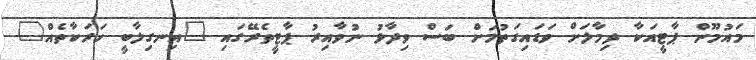
މައުމޫން ޕާޓީއަކާ ދިމާލަށް ވަޑައިގަތުމަށް ބަސް ވިދާޅު ނުވާއިރު ޕާޓީތެރޭގައި "އިނގިލާބީ ހަރަކާތެއް"